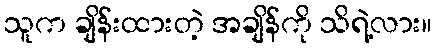
သူက ချိန်းထားတဲ့ အချိန်ကို သိရဲ့လား။